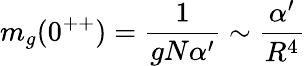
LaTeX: m_{g}(0^{++})={\frac{1}{gN\alpha^{\prime}}}\sim{\frac{\alpha^{\prime}}{R^{4}}}